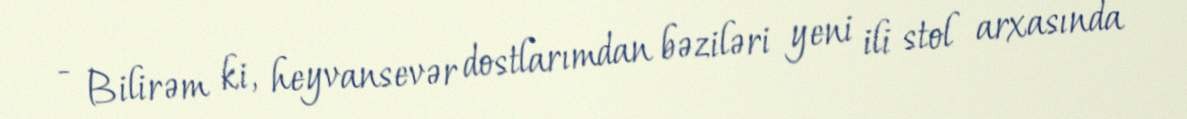
- Bilirəm ki, heyvansevər dostlarımdan bəziləri yeni ili stol arxasında